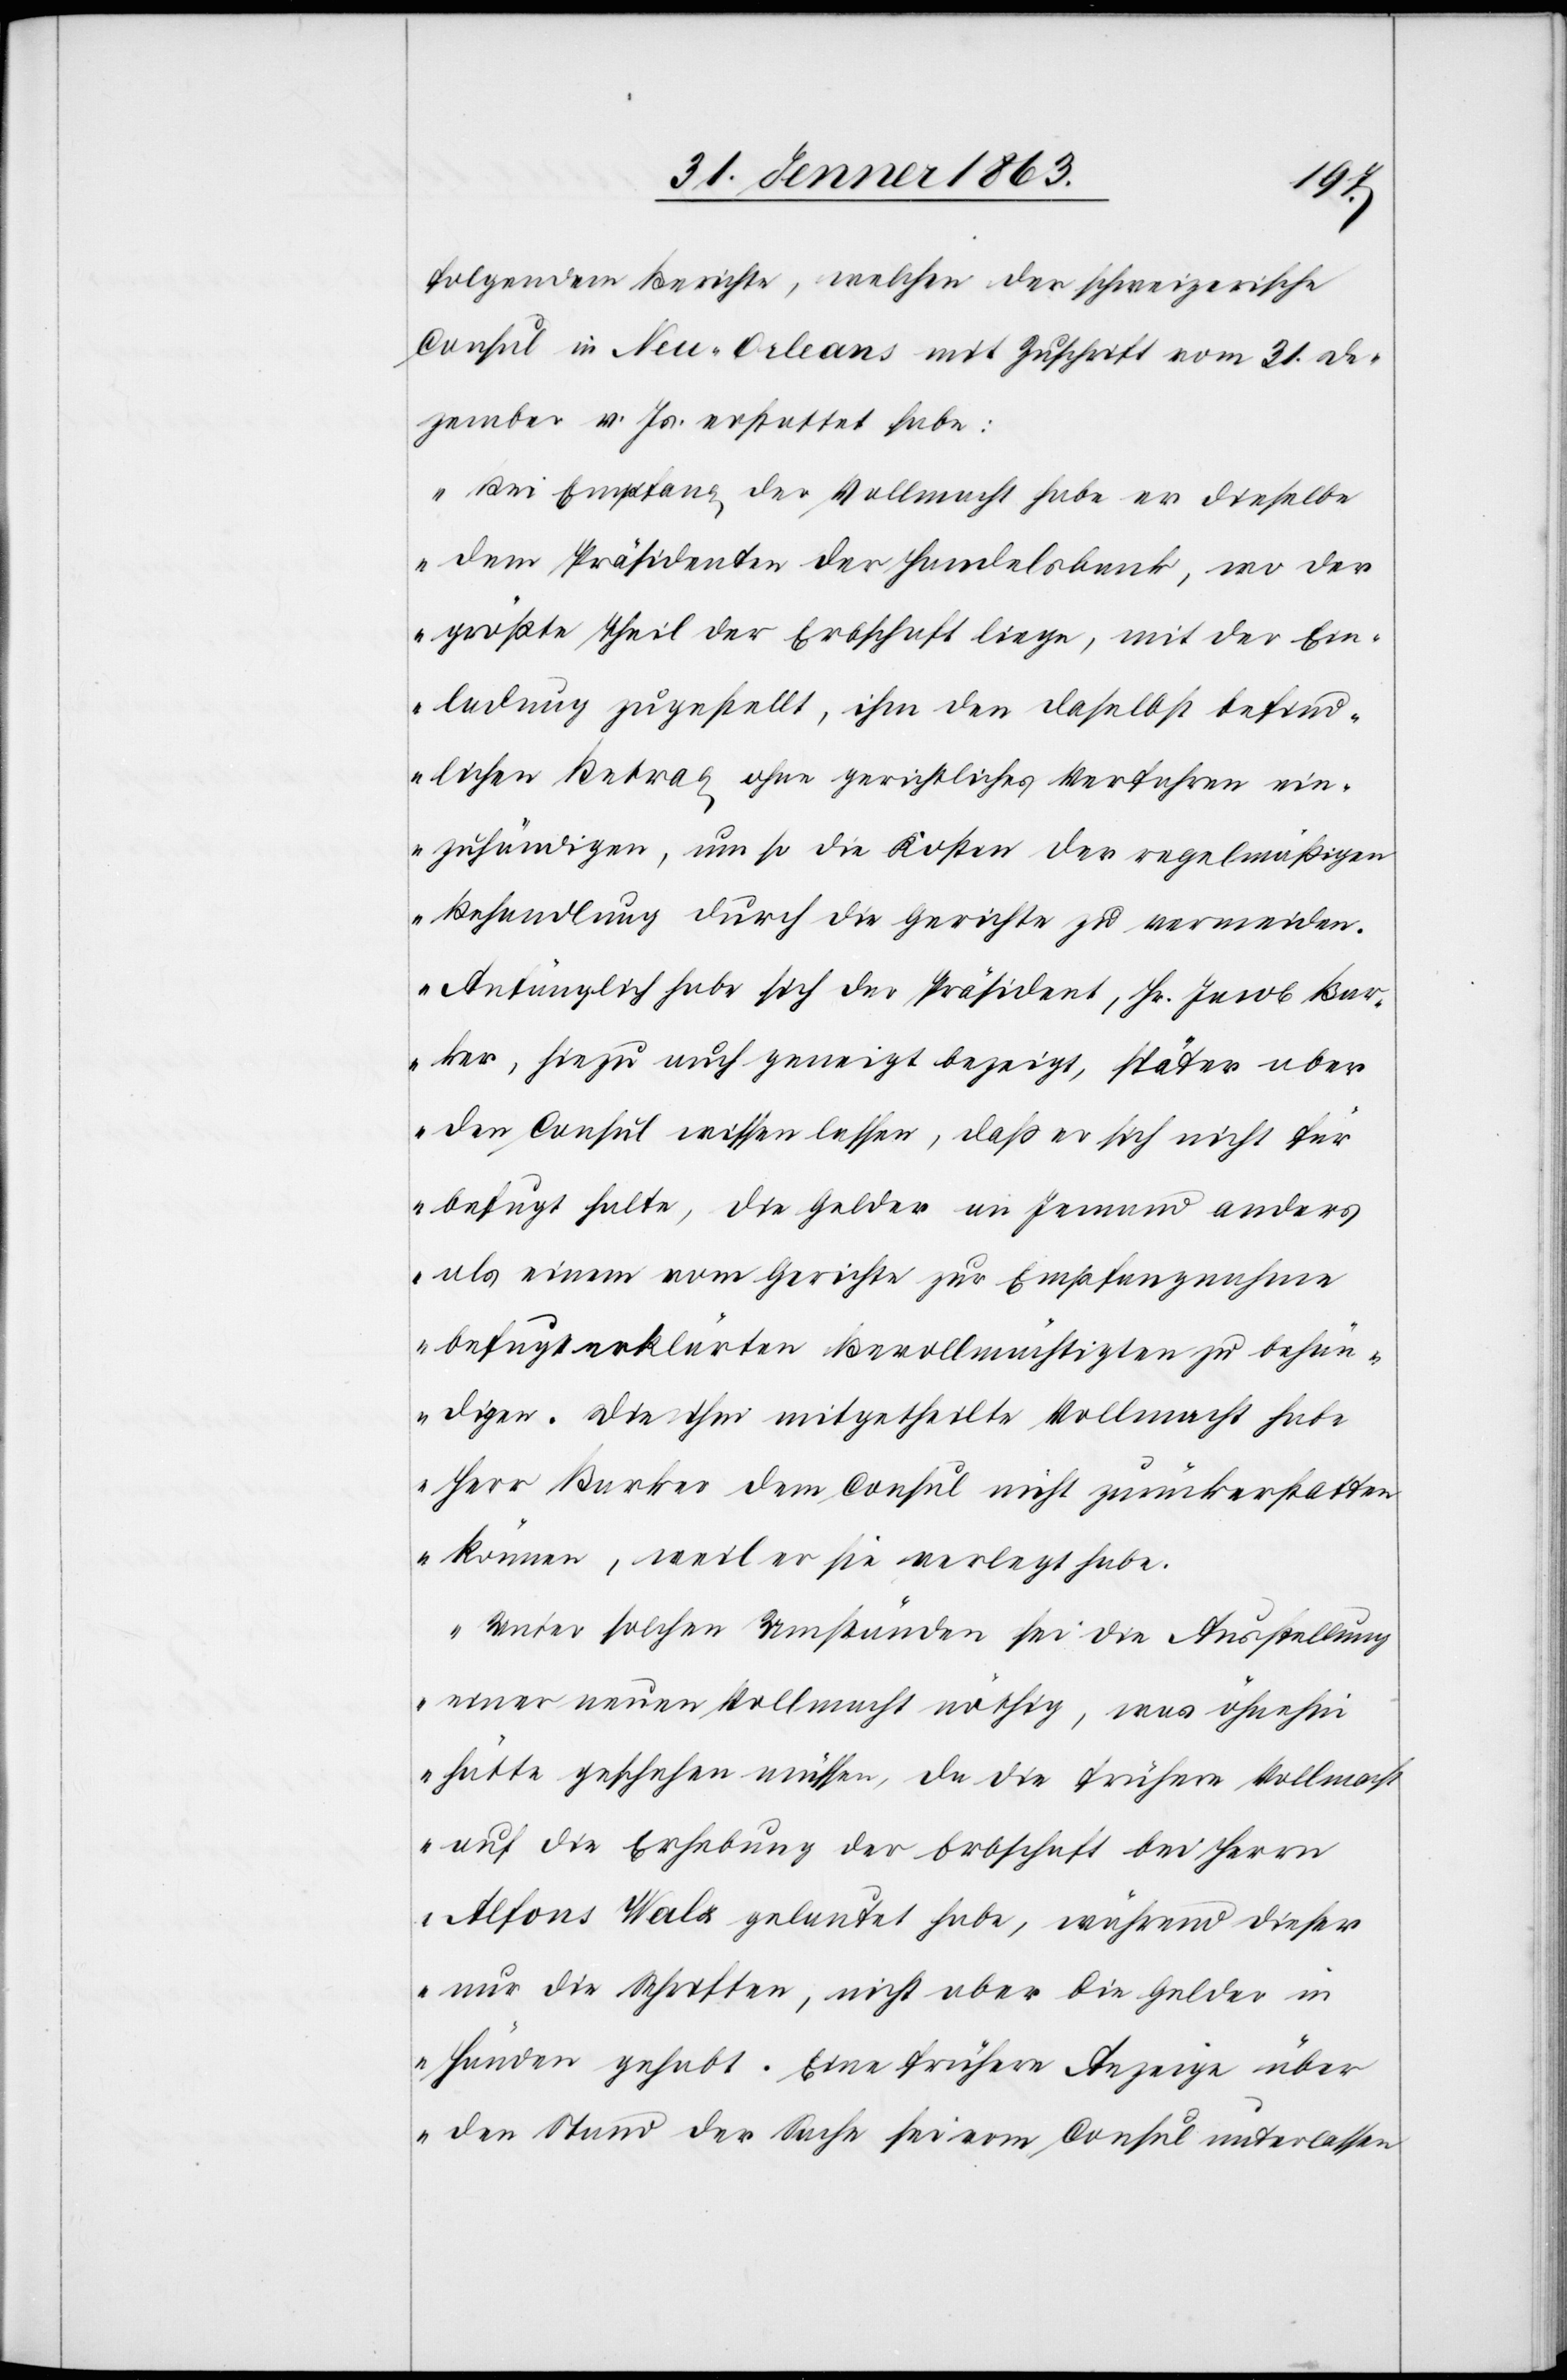
folgendem Berichte, welchen der schweizerische
Consul in Neu-Orleans mit Zuschrift vom 31. De¬
zember v. Js. erstattet habe:
„Bei Empfang der Vollmacht habe er dieselbe
dem Präsidenten der Handelsbank, wo der
größte Theil der Erbschaft liege, mit der Ein¬
ladung zugestellt, ihm den daselbst befind¬
lichen Betrag ohne gerichtliches Verfahren ein¬
zuhändigen, um so die Kosten der regelmäßigen
Behandlung durch die Gerichte zu vermeiden.
Anfänglich habe sich der Präsident, Hr. Jacob Bar¬
ker, hiezu auch geneigt bezeigt, später aber
den Consul wissen lassen, daß er sich nicht für
befugt halte, die Gelder an Jemand anders
als einem vom Gerichte zur Empfangnahme
befugt erklärten Bevollmächtigten zu behän¬
digen. Die ihm mitgetheilte Vollmacht habe
Herr Barker dem Consul nicht zurückerstatten
können, weil er sie verlegt habe.
Unter solchen Umständen sei die Ausstellung
einer neuen Vollmacht nöthig, was öhnehin
hätte geschehen müssen, da die frühere Vollmacht
auf die Erhebung der Erbschaft bei Herrn
Alfons Walz gelautet habe, während dieser
nur die Schriften, nicht aber die Gelder in
Händen gehabt. Eine frühere Anzeige über
den Stand der Sache sei vom Consul unterlassen